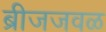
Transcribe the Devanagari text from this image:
ब्रीजजवळ